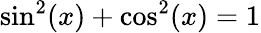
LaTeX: \sin^{2}(x)+\cos^{2}(x)=1